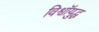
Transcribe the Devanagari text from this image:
विश्वॉयुद्ध